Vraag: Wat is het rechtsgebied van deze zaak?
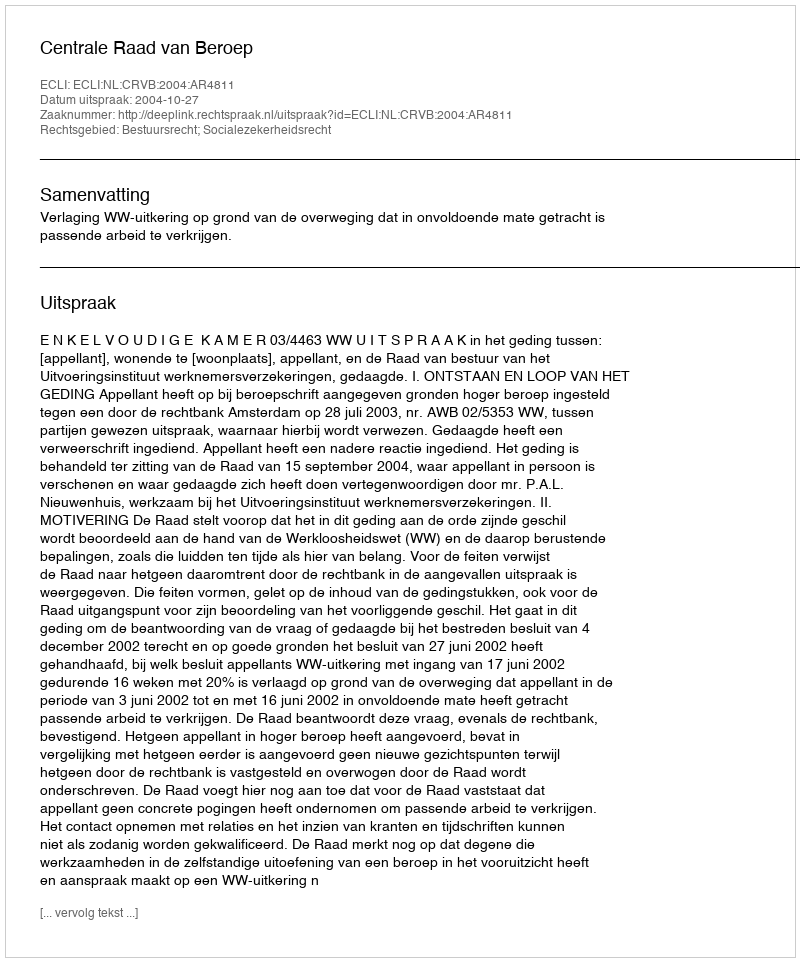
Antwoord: Bestuursrecht; Socialezekerheidsrecht